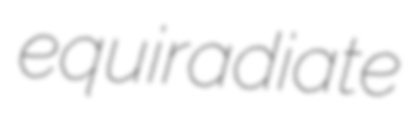
equiradiate